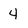
Character: 4